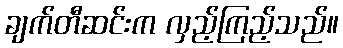
ချက်တီဆင်းက လှည့်ကြည့်သည်။